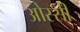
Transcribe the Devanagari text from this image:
ओस्सी